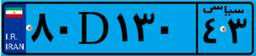
۰۰D۱۷۷۵۸